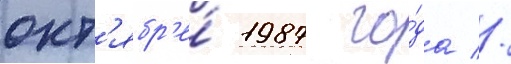
окт'ябр'е́ 1987 го́да //